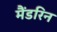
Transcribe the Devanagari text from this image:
मैंडरिन